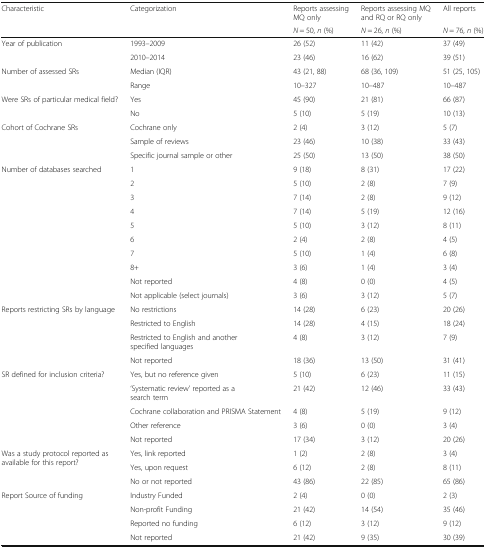
<table><thead><tr><td rowspan="2"><b>Characteristic</b></td><td rowspan="2"><b>Categorization</b></td><td><b>Reports assessing MQ only</b></td><td><b>Reports assessing MQ and RQ or RQ only</b></td><td><b>All reports</b></td></tr><tr><td><b><i>N</i> = 50, <i>n</i> (%)</b></td><td><b><i>N</i> = 26, <i>n</i> (%)</b></td><td><b><i>N</i> = 76, <i>n</i> (%)</b></td></tr></thead><tbody><tr><td rowspan="2">Year of publication</td><td>1993–2009</td><td>26 (52)</td><td>11 (42)</td><td>37 (49)</td></tr><tr><td>2010–2014</td><td>23 (46)</td><td>16 (62)</td><td>39 (51)</td></tr><tr><td rowspan="2">Number of assessed SRs</td><td>Median (IQR)</td><td>43 (21, 88)</td><td>68 (36, 109)</td><td>51 (25, 105)</td></tr><tr><td>Range</td><td>10–327</td><td>10–487</td><td>10–487</td></tr><tr><td rowspan="2">Were SRs of particular medical field?</td><td>Yes</td><td>45 (90)</td><td>21 (81)</td><td>66 (87)</td></tr><tr><td>No</td><td>5 (10)</td><td>5 (19)</td><td>10 (13)</td></tr><tr><td rowspan="3">Cohort of Cochrane SRs</td><td>Cochrane only</td><td>2 (4)</td><td>3 (12)</td><td>5 (7)</td></tr><tr><td>Sample of reviews</td><td>23 (46)</td><td>10 (38)</td><td>33 (43)</td></tr><tr><td>Specific journal sample or other</td><td>25 (50)</td><td>13 (50)</td><td>38 (50)</td></tr><tr><td rowspan="10">Number of databases searched</td><td>1</td><td>9 (18)</td><td>8 (31)</td><td>17 (22)</td></tr><tr><td>2</td><td>5 (10)</td><td>2 (8)</td><td>7 (9)</td></tr><tr><td>3</td><td>7 (14)</td><td>2 (8)</td><td>9 (12)</td></tr><tr><td>4</td><td>7 (14)</td><td>5 (19)</td><td>12 (16)</td></tr><tr><td>5</td><td>5 (10)</td><td>3 (12)</td><td>8 (11)</td></tr><tr><td>6</td><td>2 (4)</td><td>2 (8)</td><td>4 (5)</td></tr><tr><td>7</td><td>5 (10)</td><td>1 (4)</td><td>6 (8)</td></tr><tr><td>8+</td><td>3 (6)</td><td>1 (4)</td><td>3 (4)</td></tr><tr><td>Not reported</td><td>4 (8)</td><td>0 (0)</td><td>4 (5)</td></tr><tr><td>Not applicable (select journals)</td><td>3 (6)</td><td>3 (12)</td><td>5 (7)</td></tr><tr><td rowspan="4">Reports restricting SRs by language</td><td>No restrictions</td><td>14 (28)</td><td>6 (23)</td><td>20 (26)</td></tr><tr><td>Restricted to English</td><td>14 (28)</td><td>4 (15)</td><td>18 (24)</td></tr><tr><td>Restricted to English and another specified languages</td><td>4 (8)</td><td>3 (12)</td><td>7 (9)</td></tr><tr><td>Not reported</td><td>18 (36)</td><td>13 (50)</td><td>31 (41)</td></tr><tr><td rowspan="5">SR defined for inclusion criteria?</td><td>Yes, but no reference given</td><td>5 (10)</td><td>6 (23)</td><td>11 (15)</td></tr><tr><td>‘Systematic review’ reported as a search term</td><td>21 (42)</td><td>12 (46)</td><td>33 (43)</td></tr><tr><td>Cochrane collaboration and PRISMA Statement</td><td>4 (8)</td><td>5 (19)</td><td>9 (12)</td></tr><tr><td>Other reference</td><td>3 (6)</td><td>0 (0)</td><td>3 (4)</td></tr><tr><td>Not reported</td><td>17 (34)</td><td>3 (12)</td><td>20 (26)</td></tr><tr><td rowspan="3">Was a study protocol reported as available for this report?</td><td>Yes, link reported</td><td>1 (2)</td><td>2 (8)</td><td>3 (4)</td></tr><tr><td>Yes, upon request</td><td>6 (12)</td><td>2 (8)</td><td>8 (11)</td></tr><tr><td>No or not reported</td><td>43 (86)</td><td>22 (85)</td><td>65 (86)</td></tr><tr><td rowspan="4">Report Source of funding</td><td>Industry Funded</td><td>2 (4)</td><td>0 (0)</td><td>2 (3)</td></tr><tr><td>Non-profit Funding</td><td>21 (42)</td><td>14 (54)</td><td>35 (46)</td></tr><tr><td>Reported no funding</td><td>6 (12)</td><td>3 (12)</td><td>9 (12)</td></tr><tr><td>Not reported</td><td>21 (42)</td><td>9 (35)</td><td>30 (39)</td></tr></tbody></table>